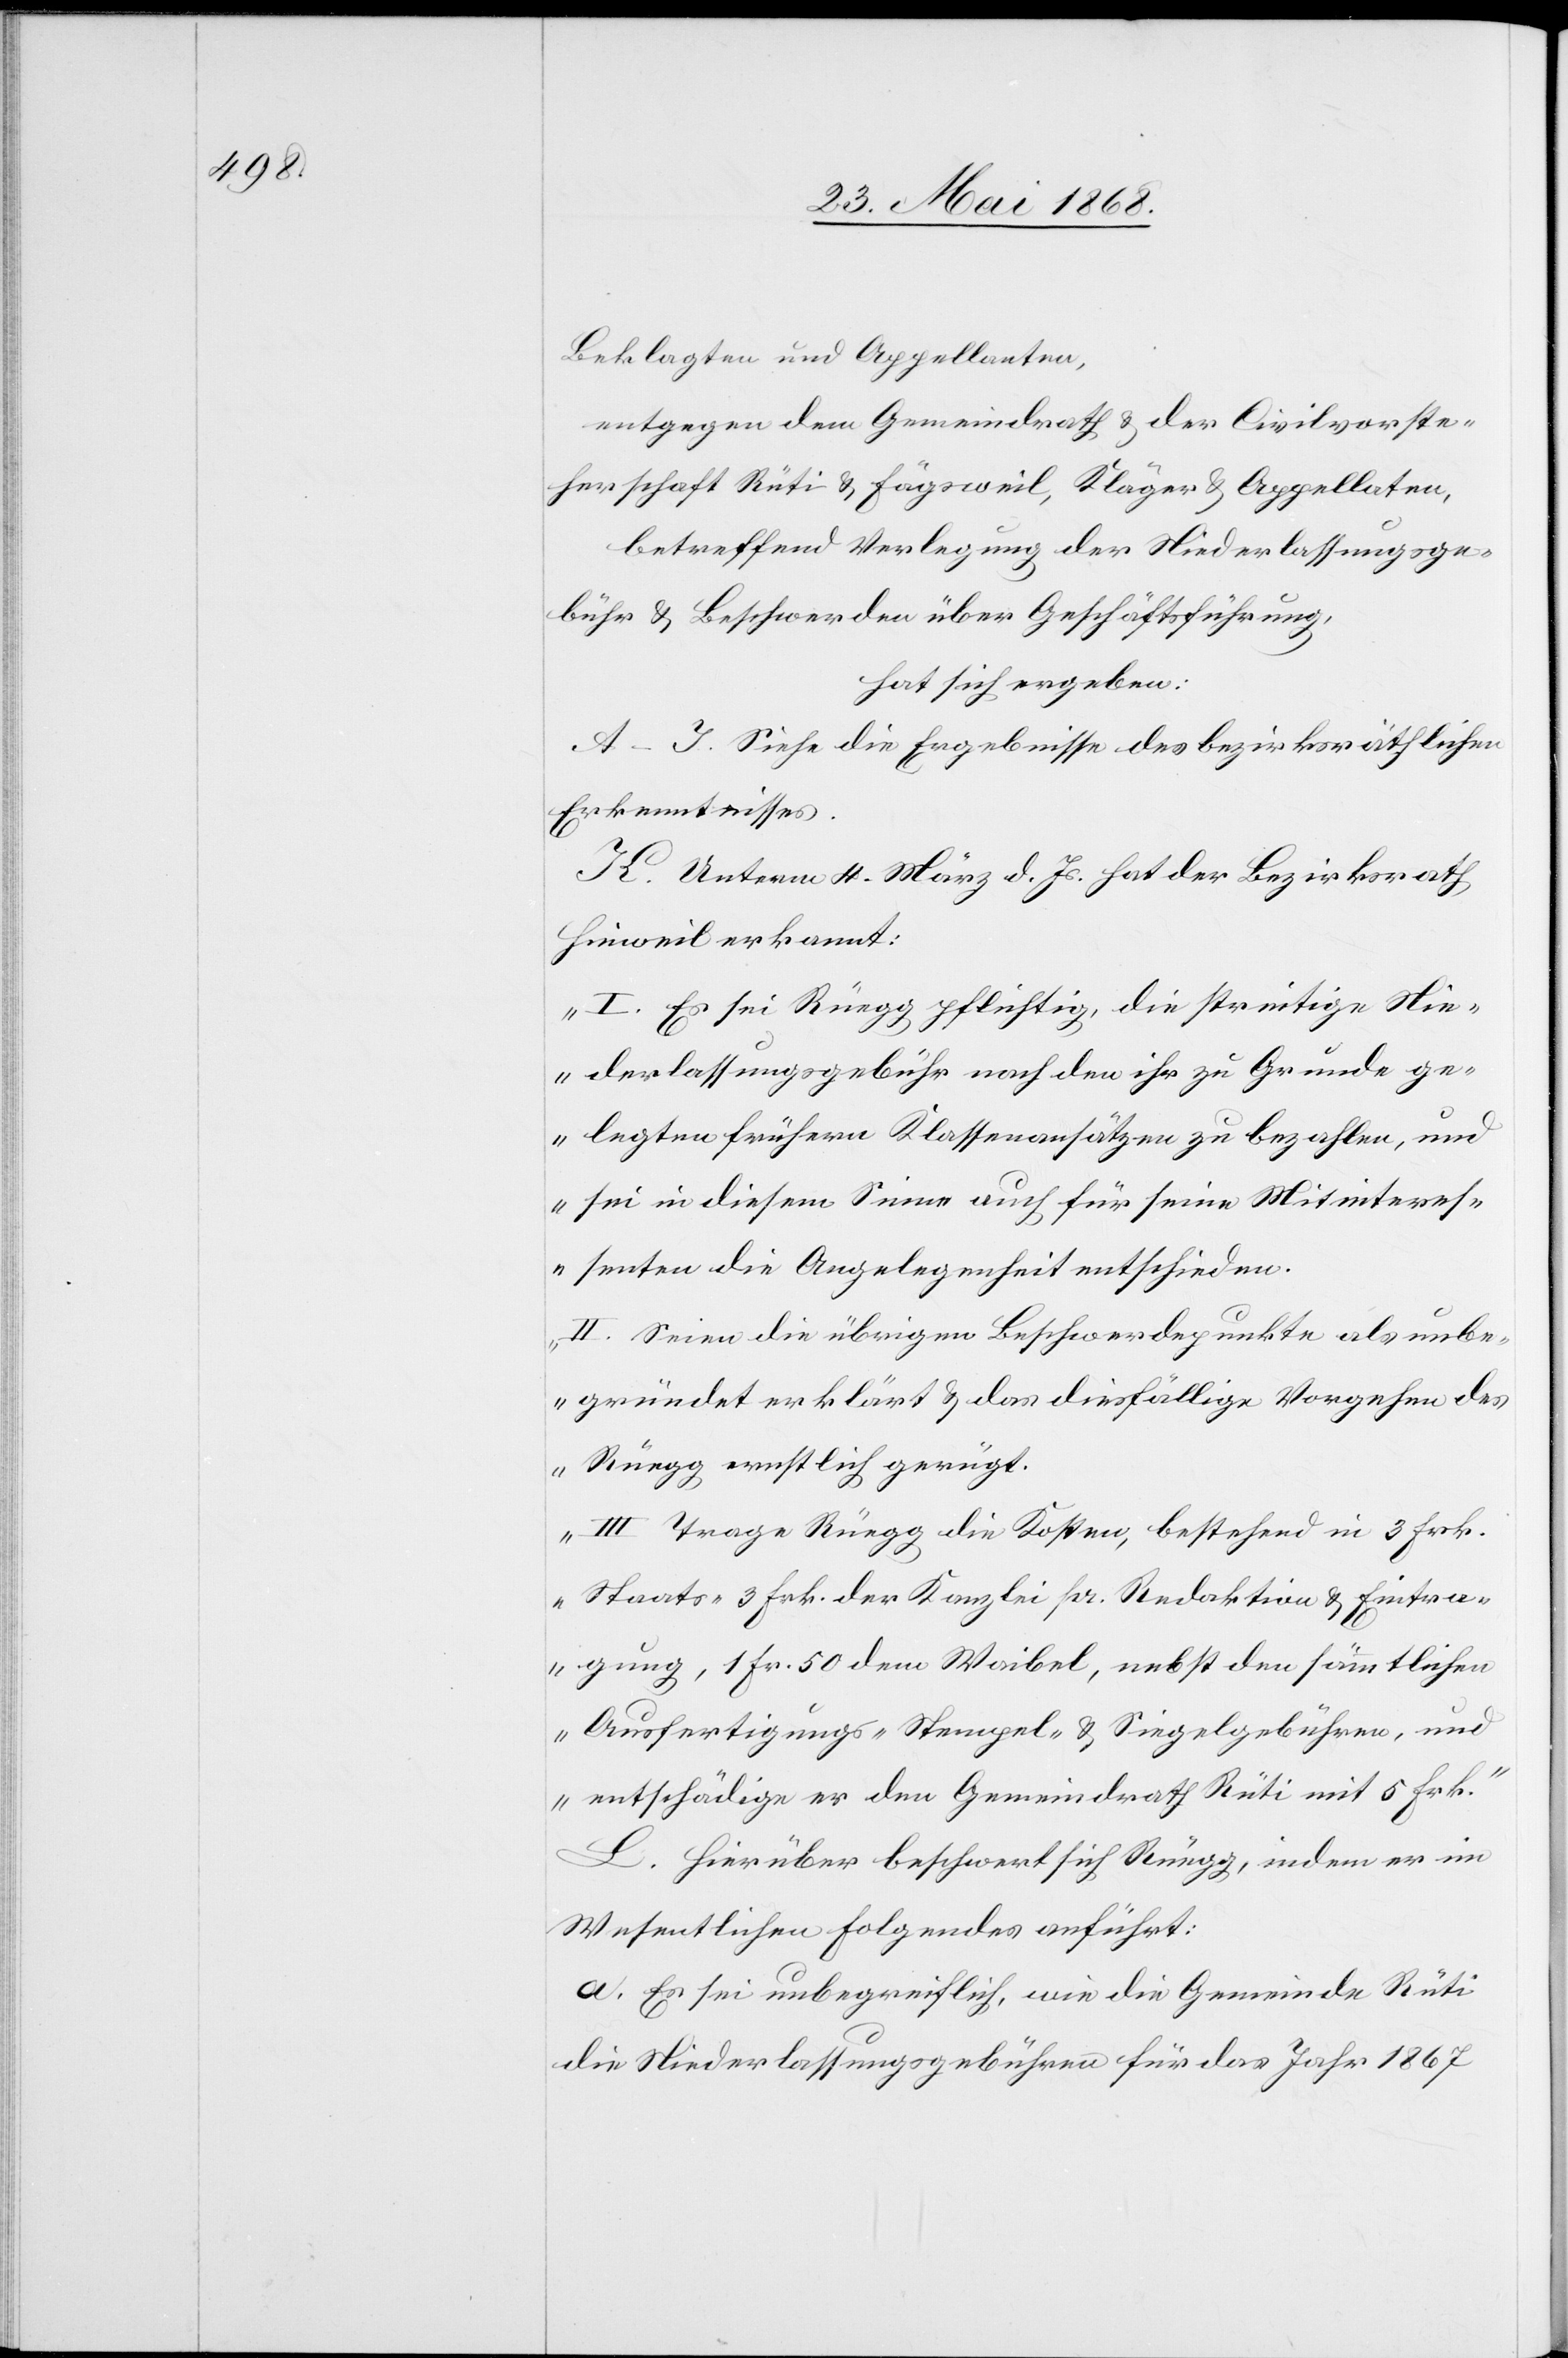
Beklagten und Appellanten,
entgegen dem Gemeindrath & der Civilvorste¬
herschaft Rüti & Fägsweil, Kläger & Appellaten,
betreffend Verlegung der Niederlassungsge¬
bühr & Beschwerden über Geschäftsführung,
hat sich ergeben:
A–I. Siehe die Ergebnisse des bezirksräthlichen
Erkenntnisses.
K. Unterm 4. März d. Js. hat der Bezirksrath
Hinweil erkannt:
„I. Es sei Rüegg pflichtig, die streitige Nie¬
derlassungsgebühr nach den ihr zu Grunde ge¬
legten frühern Klassenansätzen zu bezahlen, und
sei in diesem Sinne auch für seine Mitinteres¬
senten die Angelegenheit entschieden.
II. Seien die übrigen Beschwerdepunkte als unbe¬
gründet erklärt & das diesfällige Vorgehen des
Rüegg ernstlich gerügt.
III Trage Rüegg die Kosten, bestehend in 3 Frk.
Staats-[,] 3 Frk. der Kanzlei pr. Redaktion & Eintra¬
gung, 1 Fr. 50 dem Waibel, nebst den sämmtlichen
Ausfertigungs-[,] Stempel- & Siegelgebühren, und
entschädige er den Gemeindrath Rüti mit 5 Frk.“
L. Hierüber beschwert sich Rüegg, indem er im
Wesentlichen Folgendes anführt:
a. Es sei unbegreiflich, wie die Gemeinde Rüti
die Niederlassungsgebühren für das Jahr 1867